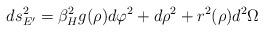
LaTeX: \begin{align*}ds^2_{E'}=\beta^2_H g(\rho) d\varphi^2 +d\rho^2 +r^2(\rho)d^2\Omega\end{align*}